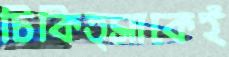
চিকিত্সাকেই